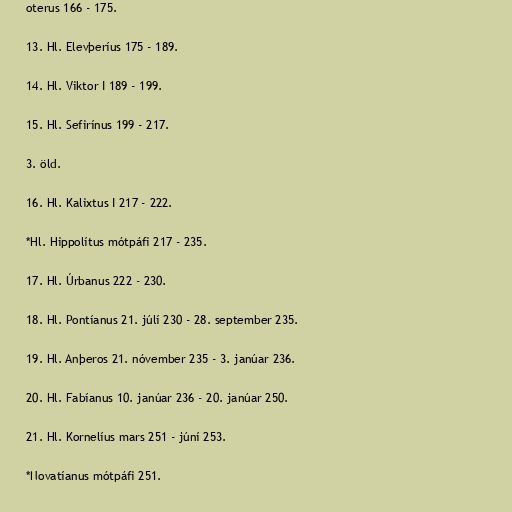
oterus 166 - 175.

13. Hl. Elevþeríus 175 - 189.

14. Hl. Viktor I 189 - 199.

15. Hl. Sefirínus 199 - 217.

3. öld.

16. Hl. Kalixtus I 217 - 222.

*Hl. Hippolítus mótpáfi 217 - 235.

17. Hl. Úrbanus 222 - 230.

18. Hl. Pontíanus 21. júlí 230 - 28. september 235.

19. Hl. Anþeros 21. nóvember 235 - 3. janúar 236.

20. Hl. Fabíanus 10. janúar 236 - 20. janúar 250.

21. Hl. Kornelíus mars 251 - júní 253.

*Novatíanus mótpáfi 251.